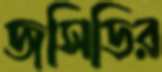
জসিডির